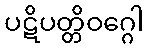
ပဋိပတ္တိဝဂ္ဂေါ